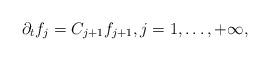
LaTeX: \begin{align*} \partial_t f_j=C_{j+1}f_{j+1},j=1,\ldots,+\infty,\end{align*}